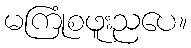
မကြုံစဖူးညပေ။